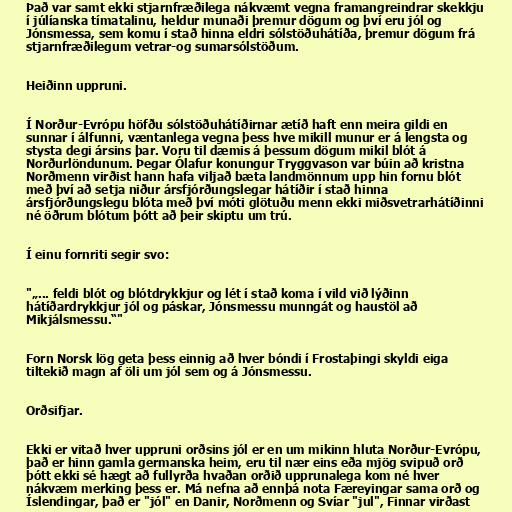
Það var samt ekki stjarnfræðilega nákvæmt vegna framangreindrar skekkju
í júlíanska tímatalinu, heldur munaði þremur dögum og því eru jól og
Jónsmessa, sem komu í stað hinna eldri sólstöðuhátíða, þremur dögum frá
stjarnfræðilegum vetrar-og sumarsólstöðum.

Heiðinn uppruni.

Í Norður-Evrópu höfðu sólstöðuhátíðirnar ætíð haft enn meira gildi en
sunnar í álfunni, væntanlega vegna þess hve mikill munur er á lengsta og
stysta degi ársins þar. Voru til dæmis á þessum dögum mikil blót á
Norðurlöndunum. Þegar Ólafur konungur Tryggvason var búin að kristna
Norðmenn virðist hann hafa viljað bæta landmönnum upp hin fornu blót
með því að setja niður ársfjórðungslegar hátíðir í stað hinna
ársfjórðungslegu blóta með því móti glötuðu menn ekki miðsvetrarhátíðinni
né öðrum blótum þótt að þeir skiptu um trú.

Í einu fornriti segir svo:

"„... feldi blót og blótdrykkjur og lét í stað koma í vild við lýðinn
hátíðardrykkjur jól og páskar, Jónsmessu munngát og haustöl að
Mikjálsmessu.“"

Forn Norsk lög geta þess einnig að hver bóndi í Frostaþingi skyldi eiga
tiltekið magn af öli um jól sem og á Jónsmessu.

Orðsifjar.

Ekki er vitað hver uppruni orðsins jól er en um mikinn hluta Norður-Evrópu,
það er hinn gamla germanska heim, eru til nær eins eða mjög svipuð orð
þótt ekki sé hægt að fullyrða hvaðan orðið upprunalega kom né hver
nákvæm merking þess er. Má nefna að ennþá nota Færeyingar sama orð og
Íslendingar, það er "jól" en Danir, Norðmenn og Svíar "jul", Finnar virðast